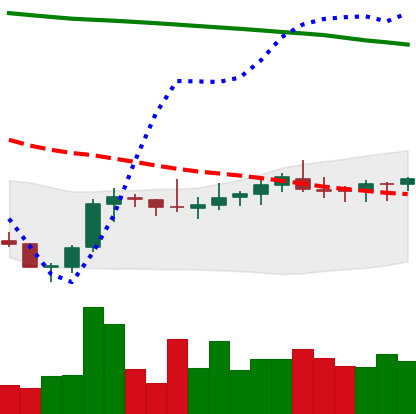
Ticker: XLM-USD
Chart end date: 2021-08-06
Forward return: 18.651%
Label: up_7plus